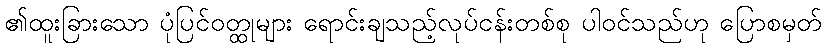
၏ထူးခြားသော ပုံပြင်ဝတ္ထုများ ရောင်းချသည့်လုပ်ငန်းတစ်စု ပါဝင်သည်ဟု ပြောစမှတ်